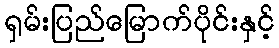
ရှမ်းပြည်မြောက်ပိုင်းနှင့်